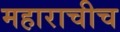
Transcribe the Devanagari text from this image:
महाराचीच